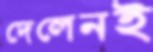
দেলেনই